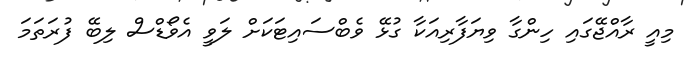
މިއީ ރާއްޖޭގައި ހިންގާ ވިޔަފާރިއަކާ ގުޅޭ ވެބްސައިޓަކަށް ލަވީ އެވޯޑްސް ލިބޭ ފުރަތަމަ